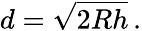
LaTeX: d={\sqrt{2Rh}}\, .